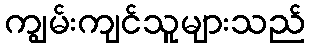
ကျွမ်းကျင်သူများသည်